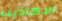
الاكاذيب